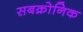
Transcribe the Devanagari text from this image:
सबक्रोनिक